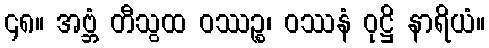
၄၈။ အဗ္ဘံ တီသွထ ဝဿဉ္စ၊ ဝဿနံ ဝုဋ္ဌိ နာရိယံ။